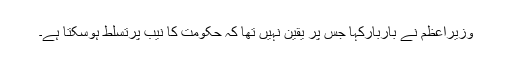
وزیراعظم نے باربارکہا جس پر یقین نہیں تھا کہ حکومت کا نیب پرتسلط ہوسکتا ہے۔